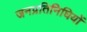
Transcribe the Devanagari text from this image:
जनप्रतिनिघियों